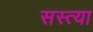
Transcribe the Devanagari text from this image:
सस्त्या